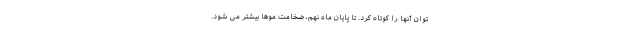
توان آنها را کوتاه کرد. تا پایان ماه نهم، ضخامت موها بیشتر می شود.